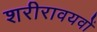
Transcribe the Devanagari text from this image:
शरीरावयवों